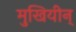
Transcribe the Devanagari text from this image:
मुखियीन्